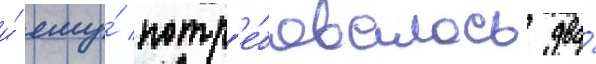
и́ ему́ потр'е́бовалось два́